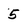
Character: 5